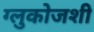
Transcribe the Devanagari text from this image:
ग्लुकोजशी